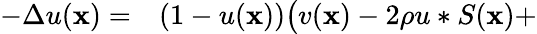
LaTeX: \begin{array}{rl}{-\Delta u(\mathbf x)=}&{(1-u(\mathbf x))\big(v(\mathbf x)-2\rho u\ast S(\mathbf x)+}\end{array}